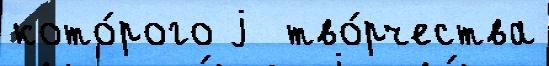
кото́рого j  тво́рчества